Calcutta medical institutions reports 1879-81 [i.e.91]
Year: 1879
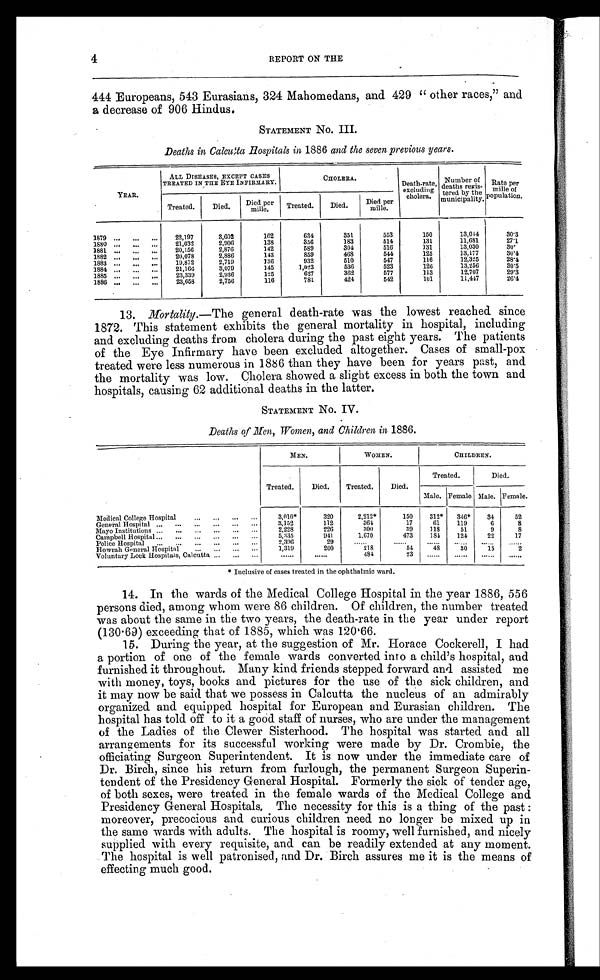
4
REPORT ON THE
444 Europeans, 543 Eurasians, 324 Mahomedans, and 429 " other races," and
a decrease of 906 Hindus.
STATEMENT No. III.
Deaths in Calcutta Hospitals in. 1886 and the seven previous years.
YEAR.
ALL DISEASES, EXCEPT CASES
TREATED IN TILE EYE INFIRMARY.
C H O L E R A .
Death-rate,
excluding
cholera.
Number of
deaths
r e g i s -
tered by
municipality.
Rate per
mille of
population .
Treated.
Died.
Died per
mille. T r e a t e d .
Died.
Died per
mille.
1879 ...
22,197
3,602
162
634
351
553
150
13,044
30.3
...
...
1880 ...
...
..,
21,032
2,006
138
356
]83
514
1:31
11,681
2 7 . 1
1881
20,156
2,876
142
580
304
516
131
13,030
3 0 .
1882
20,078
2,886
143
859
468
544
125
13,177
3 0 . 4
..,
..,
1883
19,872
2,719
136
032
510
547
116
12,325
28.4
..1884..
... 21, 166 3,079
145
1,023
536
523
126
13,256
30.5
...
...
...
1885
23,339
2,936
125
627
362
577
113
12,707
29.3
...
...
...
1886 ...
...
...
23,653
2,756
116
781
421
542
181
11,417
26.4
13. Mortality.—The general death-rate was the lowest reached since
1872. This statement exhibits the general mortality in hospital, including
and excluding deaths from cholera during the past eight years. The patients
of the Eye Infirmary have been excluded altogether. Cases of small-pox
treated were less numerous in 1886 than they have been for years past, and
the mortality was low. Cholera showed a slight excess in both the town and
hospitals, causing 62 additional deaths in the latter.
STATEMENT No. IV.
Deaths of Hen, Women, and Children in 1886.
MEN.
WOMEN.
CHILDREN.
Treated.
Died.
Treated.
Died.
Treated.
Died.
Mal e. Female . Male. Female.
Medical College Hospital
... ... ...
3,010*
320
2,212*
150
312* 346*34
52
General Hospital ...
...
...
...
...
...
3,152
112
364
17
6 1 119
6
8
Mayo Institutions ...
...
,..
...
...
...
2,228
226
300
19
118
51
9
8
Campbell Hospital
...
5,335
941
1.670
473
184
124
22
17
Police Hospital
...
.
. .
...
...
...
...
2,396
29
Howrah General Hospital ... ... ... ...
1,319
200
218
54
48
30
15
2
Voluntary Lock Hospitals, Calcutta ...
...
...
484
23
• Inclusive of cases treated in the ophthalmic ward.
14. In the wards of the Medical College Hospital in the year 1886, 556
persons died, among whom were 86 children. Of children, the number treated
was about the same in the two years, the death-rate in the year under report
(130 . 69) exceeding that of 1885, which was 120.66.
15. During the year, at the suggestion of Mr. Horace Cockerell, I had
a portion of one of the female wards converted into a child's hospital, and
furnished it throughout. Many kind friends stepped forward and assisted me
with money, toys, books and pictures for the use of the sick children, and
it may now be said that we possess in Calcutta the nucleus of an admirably
organized and equipped hospital for European and Eurasian children. The
hospital has told off to it a good staff of nurses, who are under the management
of the Ladies of the Clewer Sisterhood. The hospital was started and all
arrangements for its successful working were made by Dr.Crombie, the
officiating Surgeon Superintendent. It is now under the immediate care of
Dr. Birch, since his return from furlough, the permanent Surgeon Superin-
tendent of the Presidency General Hospital. Formerly the sick of tender age,
of both sexes, were treated in the female wards of the Medical College and
Presidency General Hospitals, The necessity for this is a thing of the past :
moreover, precocious and curious children need no longer be mixed up in
the same wards with adults. The hospital is roomy, well furnished, and nicely
supplied with every requisite, and can be readily extended at any moment.
The hospital is well patronised, and Dr.Birch assures me it is the means of
effecting much good.